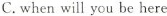
C.when will you be here